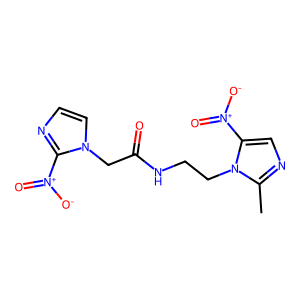
SMILES: Cc1ncc([N+](=O)[O-])n1CCNC(=O)Cn1ccnc1[N+](=O)[O-]
Inhibits HIV replication: No